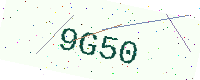
Text: 9G50